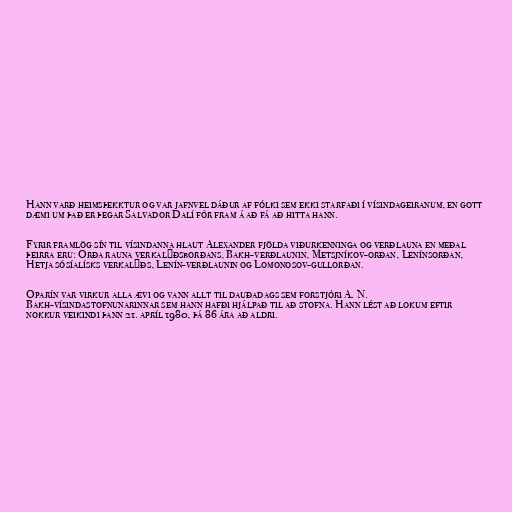
Hann varð heimsþekktur og var jafnvel dáður af fólki sem ekki starfaði í vísindageiranum, en gott
dæmi um það er þegar Salvador Dalí fór fram á að fá að hitta hann.

Fyrir framlög sín til vísindanna hlaut Alexander fjölda viðurkenninga og verðlauna en meðal
þeirra eru: Orða rauna verkalýðsborðans, Bakh-verðlaunin, Metsjníkov-orðan, Lenínsorðan,
Hetja sósíalísks verkalýðs, Lenín-verðlaunin og Lomonosov-gullorðan.

Oparín var virkur alla ævi og vann allt til dauðadags sem forstjóri A. N.
Bakh-vísindastofnunarinnar sem hann hafði hjálpað til að stofna. Hann lést að lokum eftir
nokkur veikindi þann 21. apríl 1980, þá 86 ára að aldri.